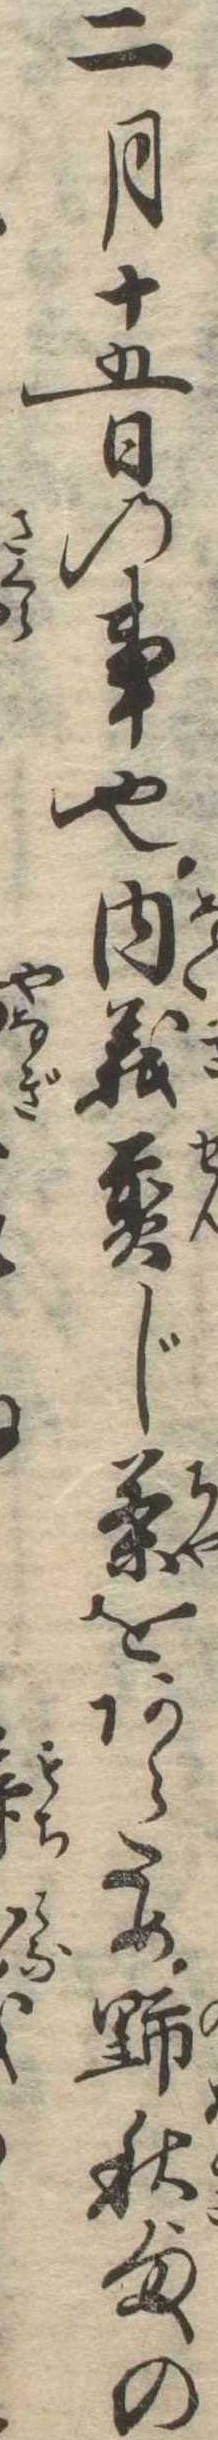
二月十五日の事也内義煎じ茶をあらため野秋様の